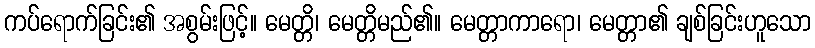
ကပ်ရောက်ခြင်း၏ အစွမ်းဖြင့်။ မေတ္တိ၊ မေတ္တိမည်၏။ မေတ္တာကာရော၊ မေတ္တာ၏ ချစ်ခြင်းဟူသော